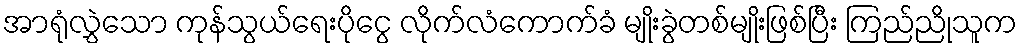
အာရုံလွှဲသော ကုန်သွယ်ရေးပိုငွေ လိုက်လံကောက်ခံ မျိုးခွဲတစ်မျိုးဖြစ်ပြီး ကြည်ညိုသူက